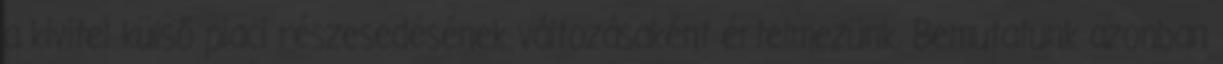
a kivitel külső piaci részesedésének változásaként értelmezünk. Bemutatunk azonban